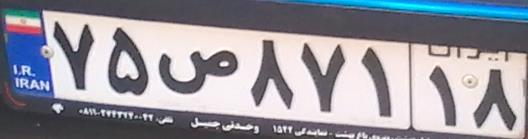
۷۵ص۸۷۱۱۸